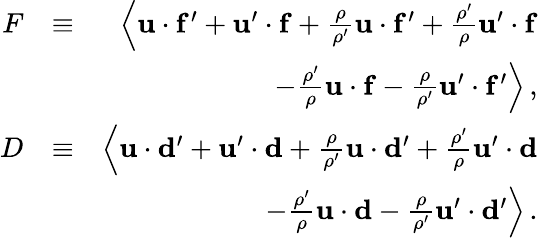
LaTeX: \begin{array}{rlr}{F}&{\equiv}&{\left\langle{\mathbf u}\cdot{\mathbf f^{\prime}}+{\mathbf u}^{\prime}\cdot{\mathbf f}+{\frac{\rho}{\rho^{\prime}}}{\mathbf u}\cdot{\mathbf f^{\prime}}+{\frac{\rho^{\prime}}{\rho}}{\mathbf u}^{\prime}\cdot{\mathbf f}\right.}\\ &{}&{\left.-{\frac{\rho^{\prime}}{\rho}}{\mathbf u}\cdot{\mathbf f}-{\frac{\rho}{\rho^{\prime}}}{\mathbf u}^{\prime}\cdot{\mathbf f^{\prime}}\right\rangle\, ,}\\ {D}&{\equiv}&{\left\langle{\mathbf u}\cdot{\mathbf d^{\prime}}+{\mathbf u}^{\prime}\cdot{\mathbf d}+{\frac{\rho}{\rho^{\prime}}}{\mathbf u}\cdot{\mathbf d^{\prime}}+{\frac{\rho^{\prime}}{\rho}}{\mathbf u}^{\prime}\cdot{\mathbf d}\right.}\\ &{}&{\left.-{\frac{\rho^{\prime}}{\rho}}{\mathbf u}\cdot{\mathbf d}-{\frac{\rho}{\rho^{\prime}}}{\mathbf u}^{\prime}\cdot{\mathbf d^{\prime}}\right\rangle\, .}\end{array}